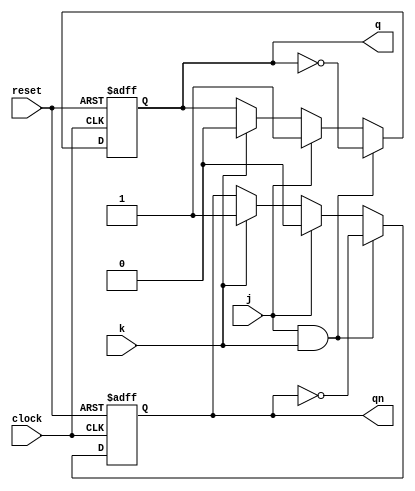
module jk_ff(j, k, clock, reset, q, qn);

    input j, k, clock, reset;
    output q, qn;
    reg q, qn;

    always @(posedge clock or posedge reset) begin

        if (reset) begin
            q <= 1'b0;
            qn <= 1'b0;
        end

        else begin

            if (j & k) begin
                q <= ~q;
                qn <= ~qn;
            end 

            else if (j) begin
                q <= 1'b1;
                qn <= 1'b0;
            end

            else if (k) begin
                q <= 1'b0;
                qn <= 1'b1;
            end
        end
    end
endmodule

module sync_counter_4bit(clock, reset, q);

    input clock, reset;
    output [3:0] q;
    wire [3:0] q;
    wire [3:0] qn;
    wire and1, and2;

    // initial begin
    //     q = 4'b0000;
    //     qn = 4'b1111;
    // end


    jk_ff ff0(1'b1, 1'b1, clock, reset, q[0], qn[0]);
    jk_ff ff1(q[0], q[0], clock, reset, q[1], qn[1]);

    assign and1 = q[0] & q[1];

    jk_ff ff2(and1, and1, clock, reset, q[2], q[2]);

    assign and2 = q[2] & and1;

    jk_ff ff3(and2, and2, clock, reset, q[3], q[3]);

endmodule

module testbench;

    reg clock;
    reg reset;
    wire [3:0] Q;

    sync_counter_4bit sync(clock, reset, Q);

    initial clock = 0;

    always
        #2 clock = ~clock;

    always @(posedge clock)
        $display($time, " Q=%b, clk=%b", Q, clock);

    initial begin
        reset = 1;
        #1 reset = 0;
        #50 $finish;
    end
endmodule